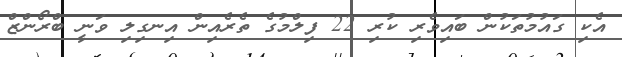
އެކި ގައުމުތަކުން ބައިވެރި ކުރި 22 ފިލްމުގެ ތެރެއިން އިނގިލި ވަނީ ބްރޯންޒް